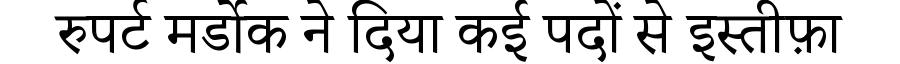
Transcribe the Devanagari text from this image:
रुपर्ट मर्डोक ने दिया कई पदों से इस्तीफ़ा